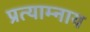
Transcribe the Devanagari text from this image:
प्रत्याम्नाय